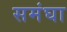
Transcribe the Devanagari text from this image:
समंघा